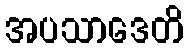
အပသာဒေတိ